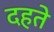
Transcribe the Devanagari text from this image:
दहते